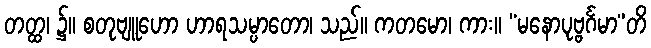
တတ္ထ၊ ၌။ စတုဗျူဟော ဟာရသမ္ပာတော၊ သည်။ ကတမော၊ ကား။ “မနောပုဗ္ဗင်္ဂမာ”တိ